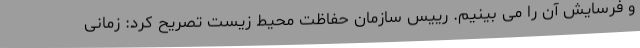
و فرسایش آن را می بینیم. رییس سازمان حفاظت محیط زیست تصریح کرد: زمانی